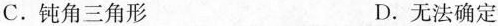
C.钝角三角形 D.无法确定